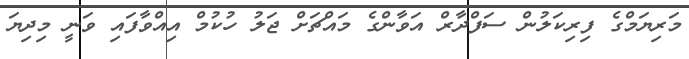
މަރިޔަމްގެ ފިރިކަލުން ސަފްދާރް އަވާންގެ މައްޗަށް ޖަލު ހުކުމް އިއްވާފައި ވަނީ މިދިޔަ